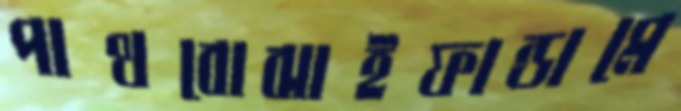
পাথবোঝাইফান্ডামে